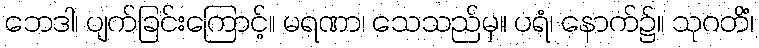
ဘေဒါ၊ ပျက်ခြင်းကြောင့်။ မရဏာ၊ သေသည်မှ။ ပရံ၊ နောက်၌။ သုဂတိံ၊